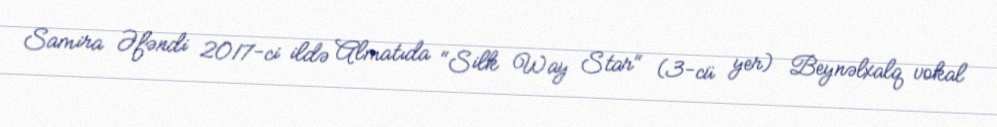
Samira Əfəndi 2017-ci ildə Almatıda "Silk Way Star" (3-cü yer) Beynəlxalq vokal